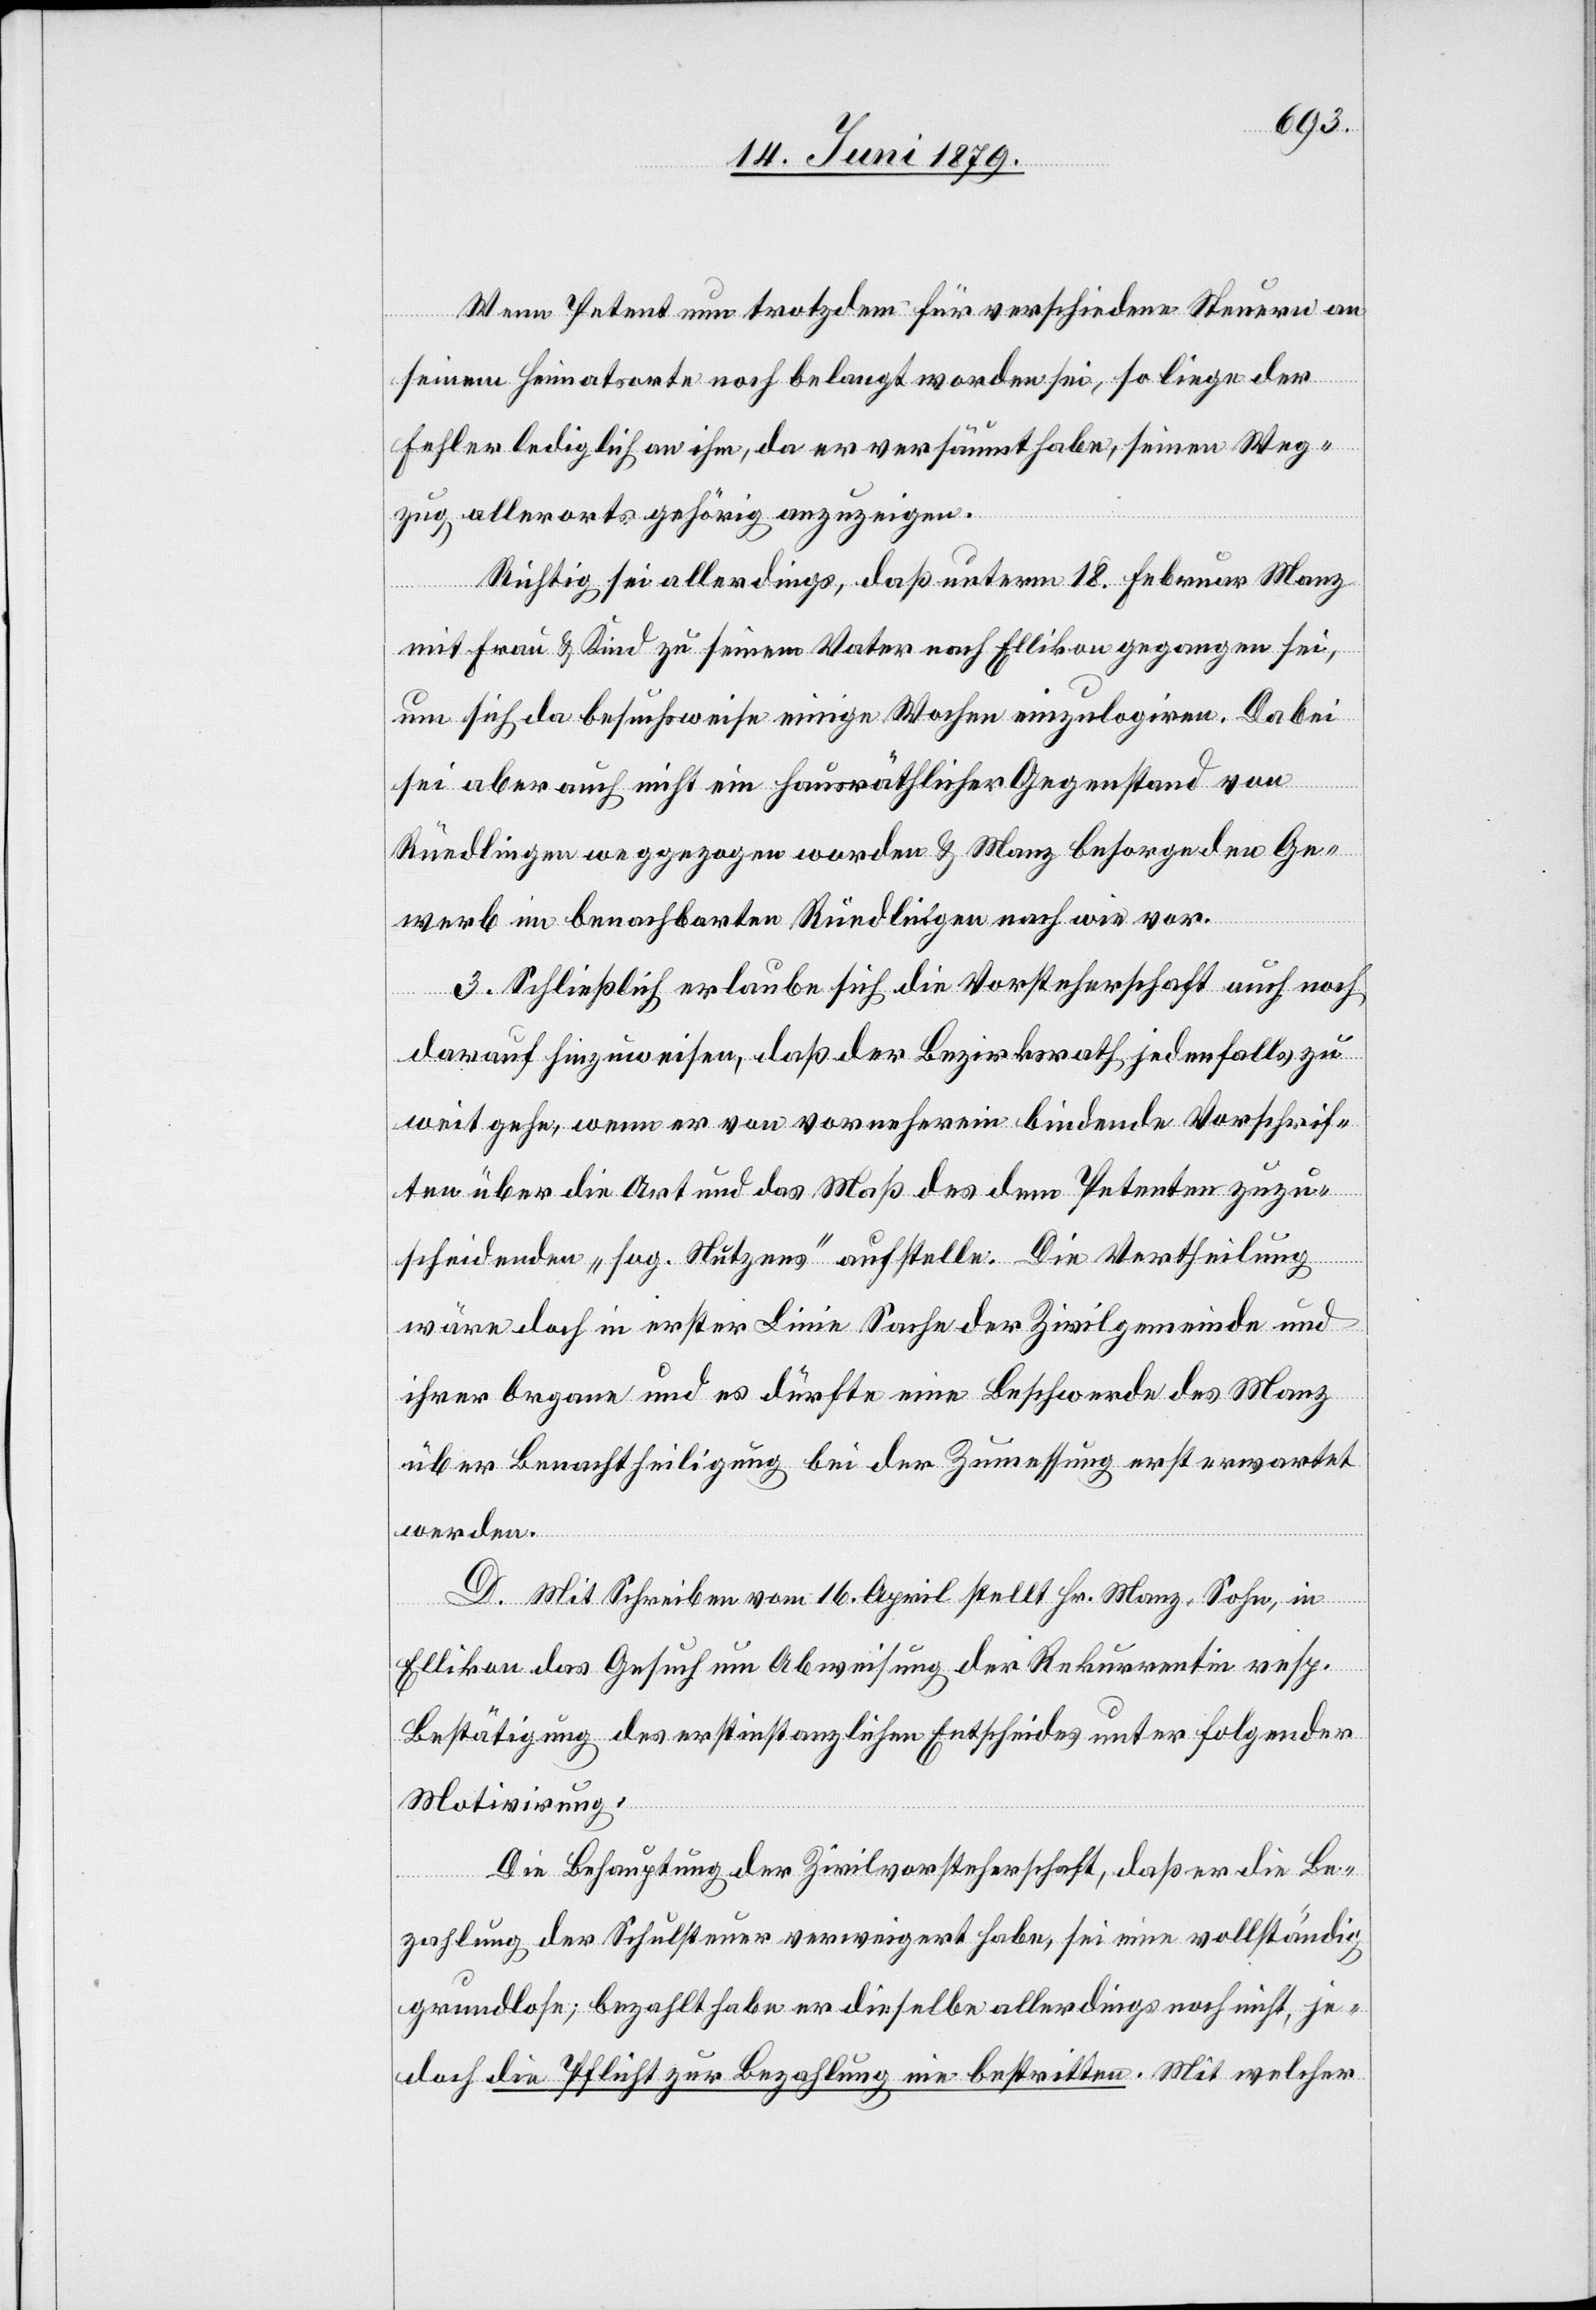
Wenn Petent nun trotzdem für verschiedene Steuern an
seinem Heimatsorte noch belangt worden sei, so liege der
Fehler lediglich an ihm, da er versäumt habe, seinen Weg¬
zug allerorts gehörig anzuzeigen.
Richtig sei allerdings, das unterm 18. Februar Manz
mit Frau & Kind zu seinem Vater nach Ellikon gegangen sei,
um sich da behufsweise einige Wochen einzulogiren. Dabei
sei aber auch nicht ein hausräthlicher Gegenstand von
Rüedlingen weggezogen worden & Manz besorge den Ge¬
werb im benachbarten Rüedlingen nach wie vor.
3. Schließlich erlaube sich die Vorsteherschaft auch noch
darauf hinzuweisen, daß der Bezirksrath jedenfalls zu
weit gehe, wenn er von vorneherein bindende Vorschrif¬
ten über die Art und das Maß des dem Petenten zuzu¬
scheidenden „sog. Nutzens“ aufstelle. Die Vertheilung
wäre doch in erster Linie Sache der Zivilgemeinde und
ihrer Organe und es dürfte eine Beschwerde des Manz
über Benachtheiligung bei der Zumessung erst erwartet
werden.
D. Mit Schreiben vom 16. April stellt Hr. Manz, Sohn, in
Ellikon das Gesuch um Abweisung der Rekurrentin resp.
Bestätigung des erstinstanzlichen Entscheides unter folgender
Motivirung:
Die Behauptung der Zivilvorsteherschaft, daß er die Be¬
zahlung der Schulsteuer verweigert habe, sei eine vollständig
grundlose; bezahlt habe er dieselbe allerdings noch nicht, je¬
doch die Pflicht zur Bezahlung nie bestritten. Mit welcher